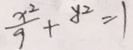
\frac { x ^ { 2 } } { 9 } + y ^ { 2 } = 1